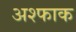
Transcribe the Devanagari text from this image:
अश्फाक